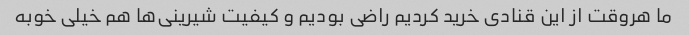
ما هروقت از این قنادی خرید کردیم راضی بودیم و کیفیت شیرینی‌ها هم خیلی خوبه